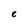
Character: e